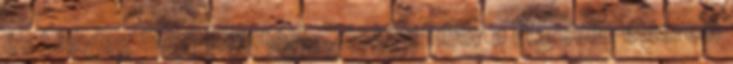
és tényleg 890 forintért. Sóskúti Tibor a Marcello étterem